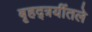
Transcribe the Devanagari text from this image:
बृहद्त्रयींतले